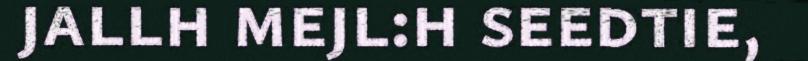
jallh mejl:h seedtie,